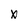
Character: X